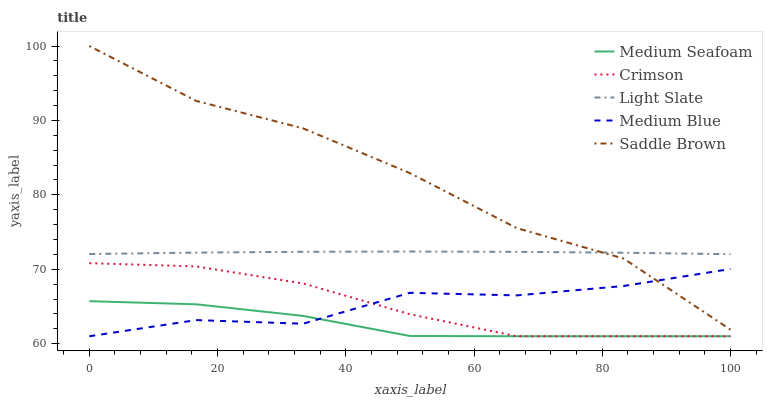
| xaxis_label | Medium Seafoam | Crimson | Light Slate | Medium Blue | Saddle Brown |
 | --- | --- | --- | --- | --- | --- |
 | 0 | 65.7 | 70.8 | 72 | 61 | 100 |
 | 16.7 | 65.3 | 70.4 | 72.2 | 63.2 | 92.6 |
 | 33.3 | 63.7 | 68.1 | 72.3 | 62.7 | 88.9 |
 | 50 | 61 | 64 | 72.4 | 66.8 | 82.9 |
 | 66.7 | 61 | 61 | 72.3 | 66.5 | 75.5 |
 | 83.3 | 61 | 61 | 72.2 | 67.8 | 71.4 |
 | 100 | 61 | 61 | 72 | 70 | 61.9 |